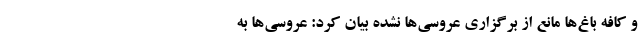
و کافه باغ‌ها مانع از برگزاری عروسی‌ها نشده بیان کرد: عروسی‌ها به